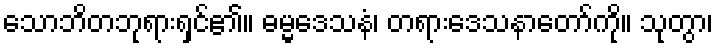
သောဘိတဘုရားရှင်၏။ ဓမ္မဒေသနံ၊ တရားဒေသနာတော်ကို။ သုတွာ၊